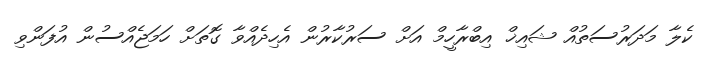
ކެލާ މަދަރުސަތުއް ޝައިޚް އިބްރާހީމް އަށް ސަރުކާރުން އެހިދެއްވާ ގޮތަށް ހަމަޖެއްސުން އުފަންވި